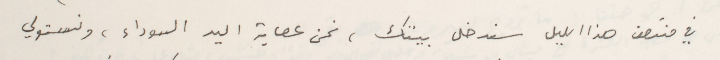
في منتصف هذا الليل سندخل بيتك، نحن عصابة اليد السوداء، ونستولي